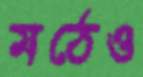
মঠেও